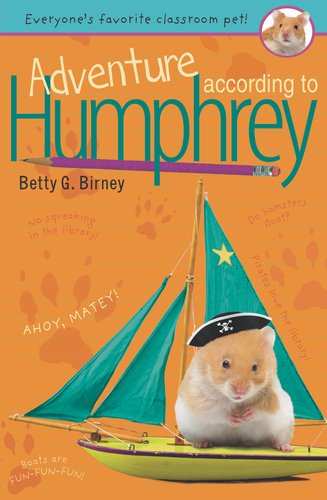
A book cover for Adventure According to Humphrey; Betty G. Birney; Children's Books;